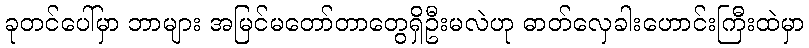
ခုတင်ပေါ်မှာ ဘာများ အမြင်မတော်တာတွေရှိဦးမလဲဟု ဓာတ်လှေခါးဟောင်းကြီးထဲမှာ